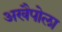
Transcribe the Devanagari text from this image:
अखैपोला